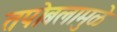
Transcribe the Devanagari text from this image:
तपोबलामुळे